Indian journal of veterinary science and animal husbandry - Volume 7,
Year: 1937
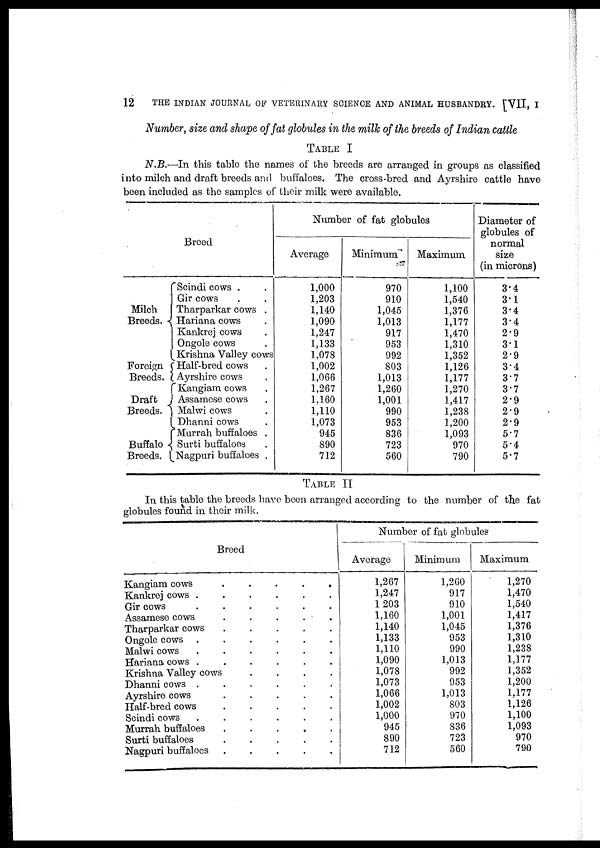
12
THE INDIAN JOURNAL OF VETERINARY SCIENCE AND ANIMAL HUSBANDRY. [VII, I
Number, size and shape of fat globules in the milk of the breeds of Indian cattle
TABLE I
N.B.—In this table the names of the breeds are arranged in groups as classified
into milch and draft breeds and buffaloes. The cross-bred and Ayrshire cattle have
been included as the samples of their milk were available.
Breed
Milch
Breeds. {
Foreign {
Breeds.
Draft {
Breeds.
Buffalo {
Breeds.
Scindi cows . .
Gir cows . .
Tharparkar cows .
Hariana cows .
Kankrej cows .
Ongole cows .
Krishna Valley cows
Half-bred cows .
Ayrshire cows .
Kangiam cows .
Assamese cows .
Malwi cows .
Dhanni cows .
Murrah buffaloes .
Surti buffaloes .
Nagpuri buffaloes .
Number of fat globules
Average
1,000
1,203
1,140
1,090
1,247
1,133
1.078
1,002
1,066
1,267
1.160
1,110
1,073
945
890
712
Minimum
970
910
1,045
1,013
917
953
992
803
1,013
1,260
1,001
990
953
836
723
560
Maximum
1,100
1,540
1,376
1,177
1,470
1,310
1,352
1,126
1,177
1,270
1,417
1,238
1,200
1,093
970
790
Diameter of
globules of
normal
size
(in microns)
3.4
3.1
3.4
3.4
2.9
3.1
2.9
3.4
3.7
3.7
2.9
2.9
2.9
5.7
5.4
5.7
TABLE II
In this table the breeds have been arranged according to the number of the fat
globules found in their milk..
Breed
Kangiam cows .....
Kankrej cows ......
Gir cows ......
Assamese cows .....
Tharparkar cows ......
Ongole cows ......
Malwi cows ......
Hariana cows ......
Krishna Valley cows .....
Dhanni cows .......
Ayrshire cows .......
Half-bred cows ........
Scindi cows .......
Murrah buffaloes ......
Surti buffaloes ......
Nagpuri buffaloes .......
Number of fat globules
Average
1,267
1,247
1203
1,160
1,140
1,133
1,110
1,090
1,078
1,073
1,066
1,002
1,000
945
890
712
Minimum
1,260
917
910
1,001
1,045
953
990
1,013
992
953
1,013
803
970
836
723
560
Maximum
1,270
1,470
1,540
1,417
1,376
1,310
1,238
1,177
1,352
1,200
1,177
1,126
1,100
1,093
970
790